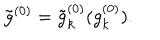
LaTeX: \tilde { g } ^ { ( 0 ) } = \tilde { g } _ { k } ^ { ( 0 ) } ( g _ { k } ^ { ( 0 ) } ) .